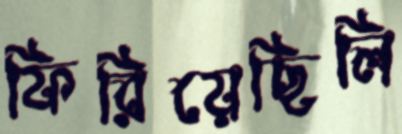
ফিরিয়েছিলি